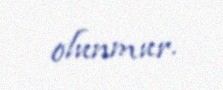
olunmur.